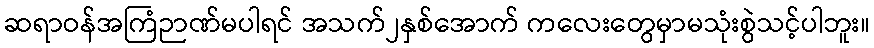
ဆရာဝန်အကြံဉာဏ်မပါရင် အသက်၂နှစ်အောက် ကလေးတွေမှာမသုံးစွဲသင့်ပါဘူး။